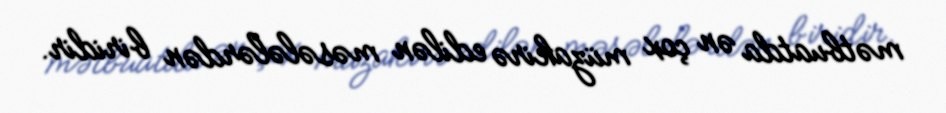
mətbuatda ən çox müzakirə edilən məsələlərdən biridir.